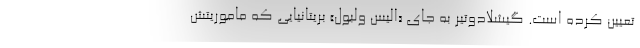
تعیین کرده است. گیشلادوتیر به جای «الیس ولبول» بریتانیایی که ماموریتش